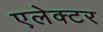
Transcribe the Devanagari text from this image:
एलेक्टर